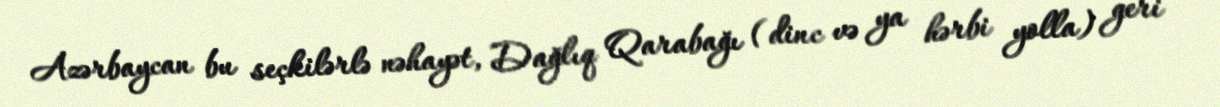
Azərbaycan bu seçkilərlə nəhayət, Dağlıq Qarabağı (dinc və ya hərbi yolla) geri